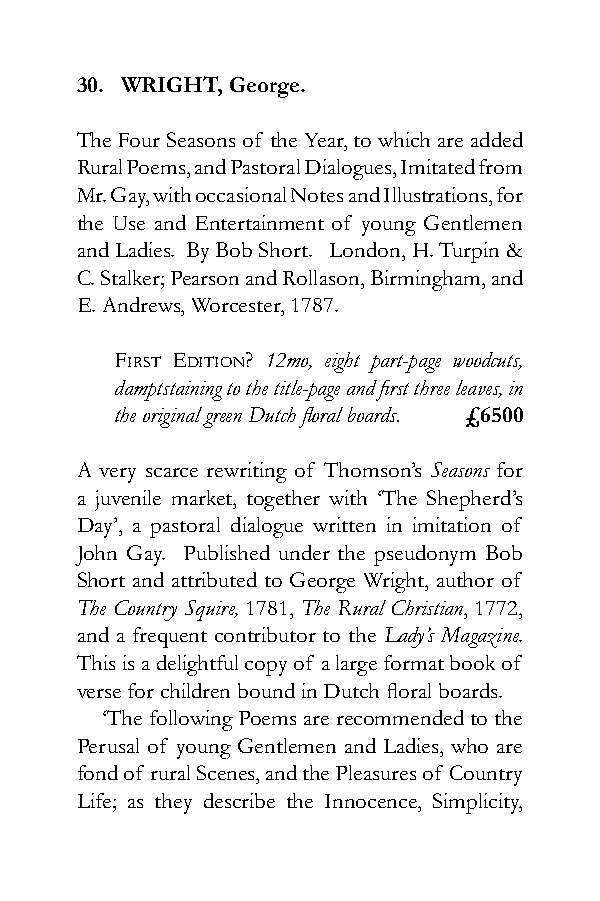
30. WRIGHT, George.
 The Four Seasons of the Year, to which are added
 Rural Poems, and Pastoral Dialogues, Imitated from
 Mr. Gay, with occasional Notes and Illustrations, for
 the Use and Entertainment of young Gentlemen
 and Ladies. By Bob Short. London, H. Turpin &
 C. Stalker; Pearson and Rollason, Birmingham, and
 E. Andrews, Worcester, 1787.
 First Edition? 12mo, eight part-page woodcuts,
 damptstaining to the title-page and first three leaves, in
 the original green Dutch floral boards. £6500
 A very scarce rewriting of Thomson’s Seasons for
 a juvenile market, together with ‘The Shepherd’s
 Day’, a pastoral dialogue written in imitation of
 John Gay. Published under the pseudonym Bob
 Short and attributed to George Wright, author of
 The Country Squire, 1781, The Rural Christian, 1772,
 and a frequent contributor to the Lady’s Magazine.
 This is a delightful copy of a large format book of
 verse for children bound in Dutch floral boards.
 ‘The following Poems are recommended to the
 Perusal of young Gentlemen and Ladies, who are
 fond of rural Scenes, and the Pleasures of Country
 Life; as they describe the Innocence, Simplicity,